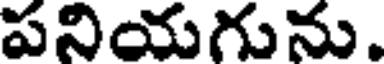
పనియగును.